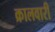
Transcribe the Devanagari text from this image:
क्रालवारी